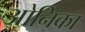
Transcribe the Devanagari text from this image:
ओनिका